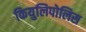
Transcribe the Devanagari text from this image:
कियुलिपोलिस